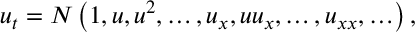
u _ { t } = N \left( 1 , u , u ^ { 2 } , \ldots , { u _ { x } } , u u _ { x } , \ldots , u _ { x x } , \ldots \right) ,